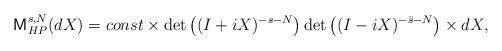
LaTeX: \begin{align*}\mathsf{M}_{HP}^{s,N}(dX)=const \times \det\left((I+iX)^{-s-N}\right)\det \left((I-iX)^{-\bar{s}-N}\right) \times dX,\end{align*}